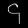
Digit: ၄